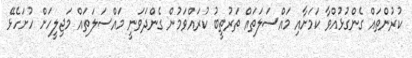
ކުރުންތައް ގެންގުޅުއްވާ ކަމަށާއި މައްސަލަތައް ތަރުތީބު ކުރައްވަމުން ގެންދަވަނީ މައްސަލަތައް މަޖިލީހަށް ހުށަހެޅޭ